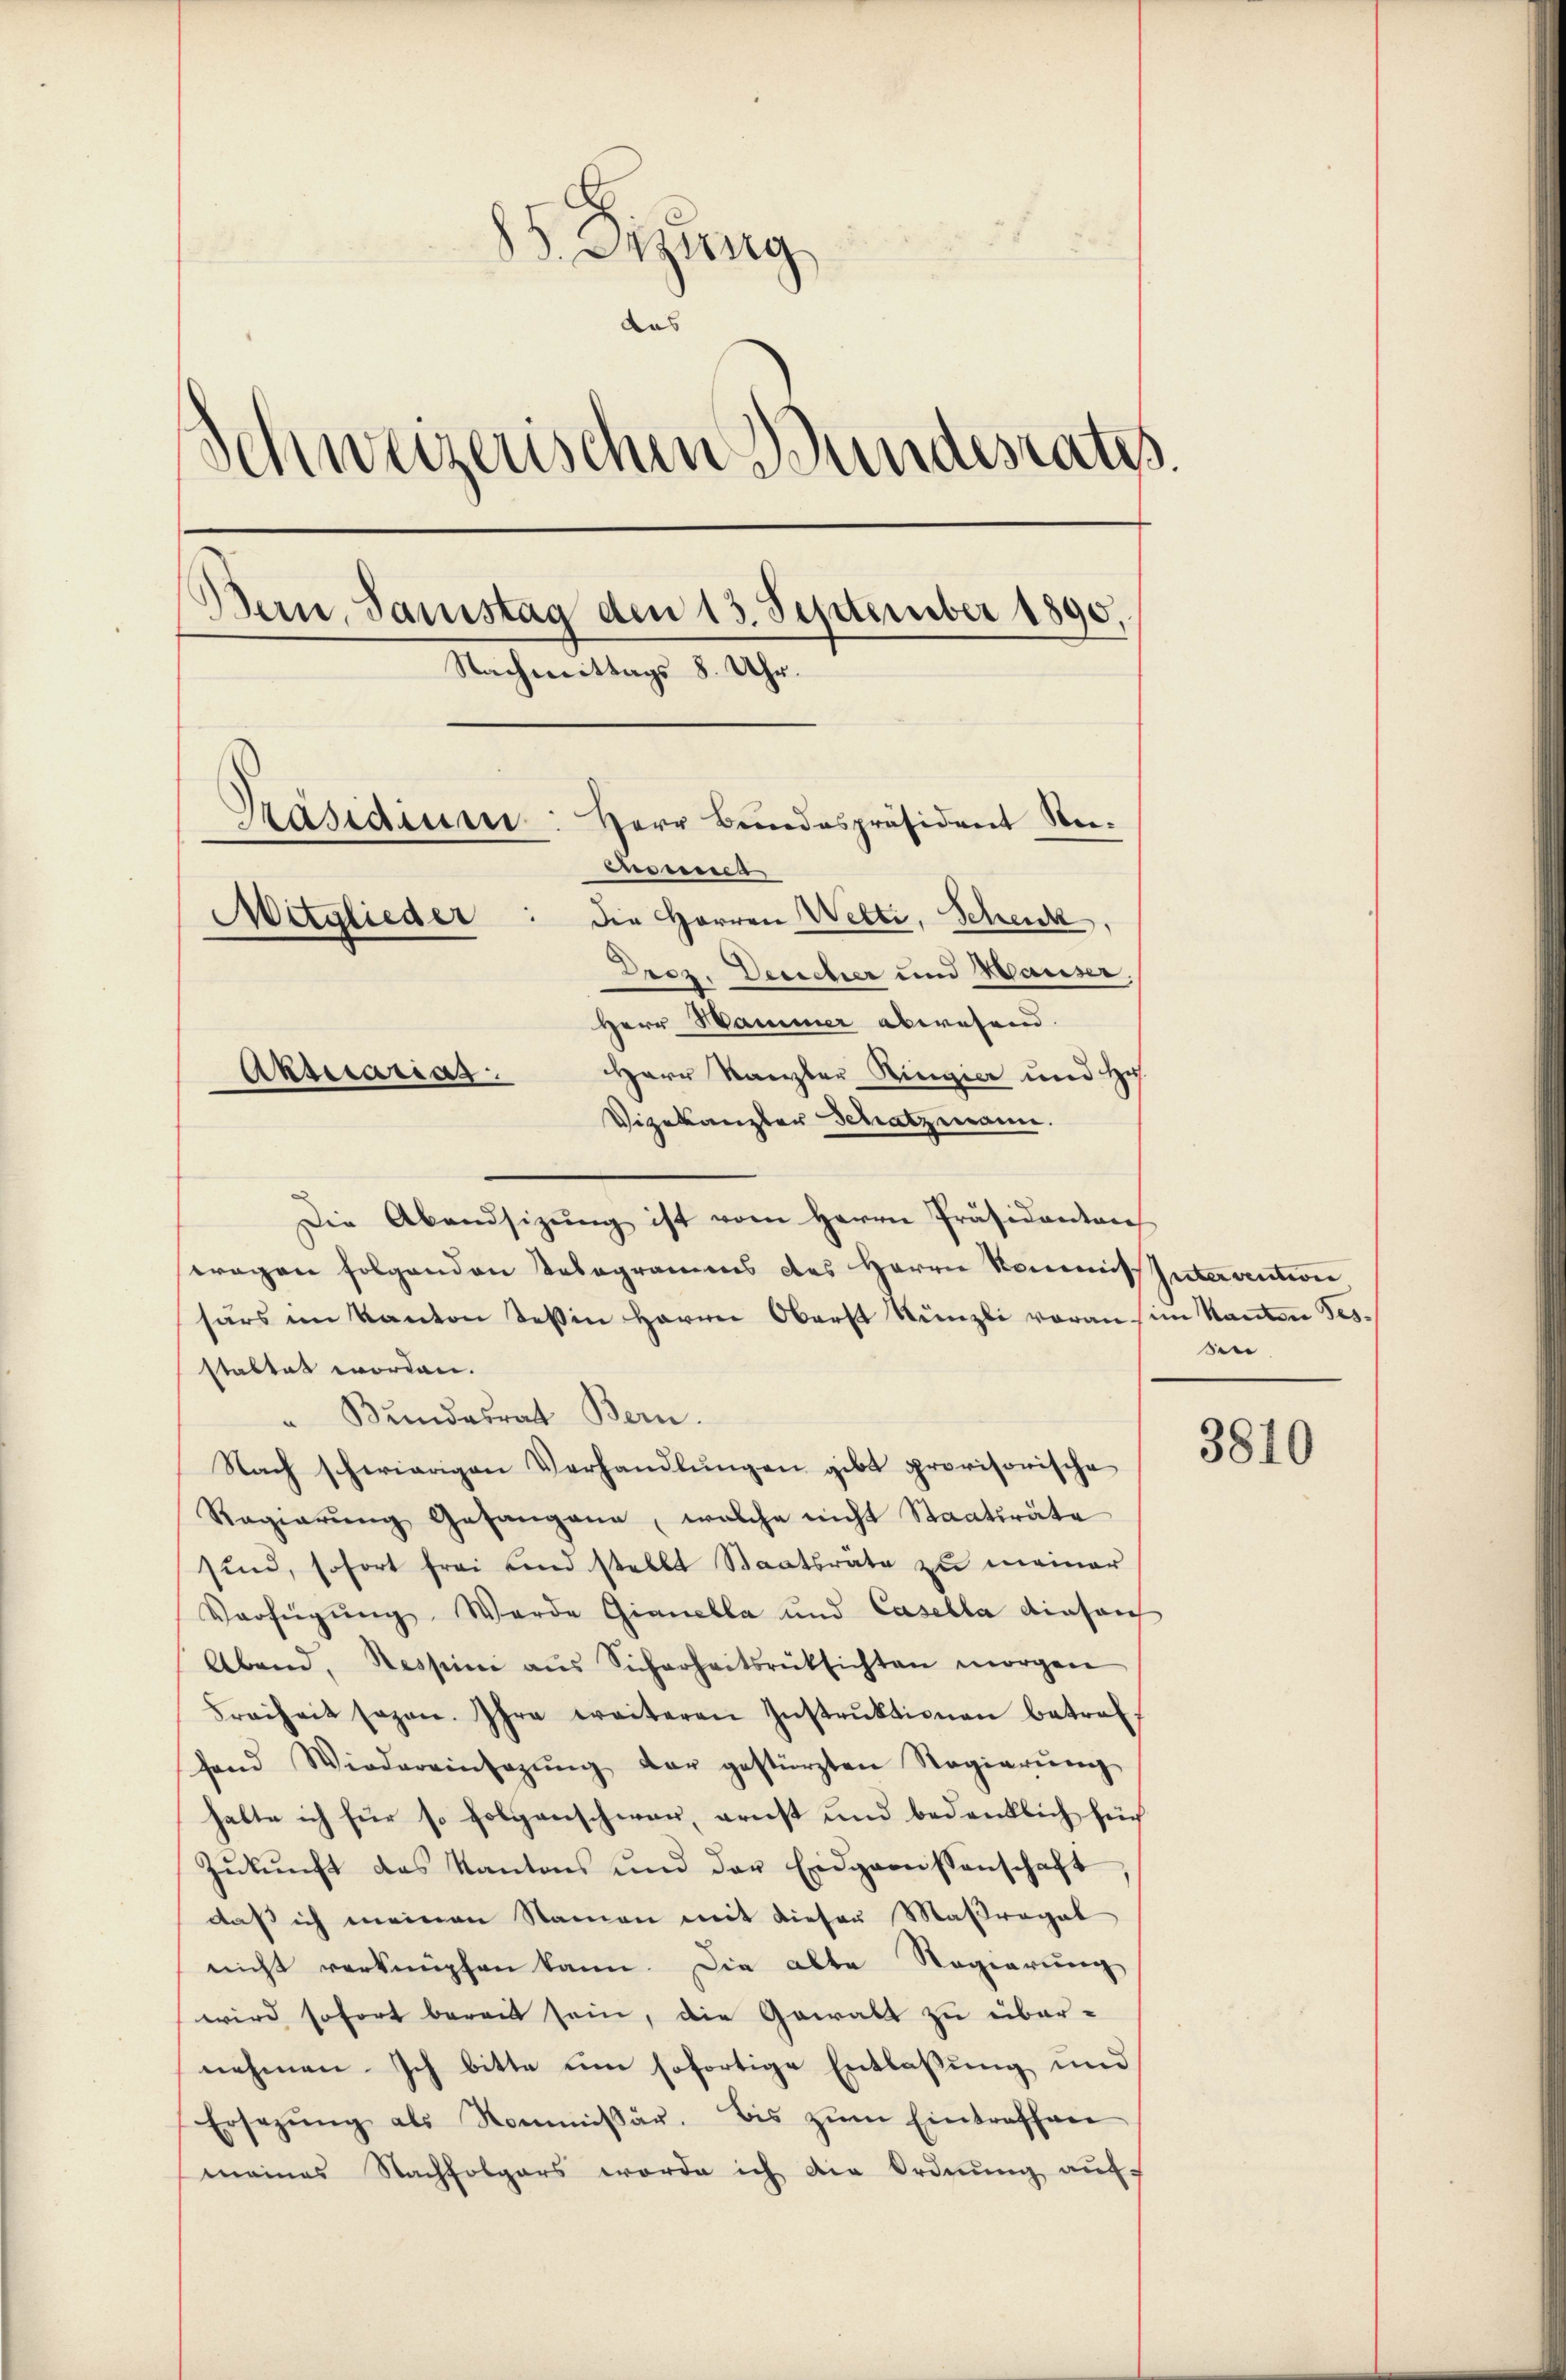
83. Erzeug
Schweizerischen Bundesraths.
Bein, Samstag den 13. September 1890.
Nachmittags 8. Uhr.
Präsidium: Herr Bundespräsident Rei-
enmess
die Herren Wetti, Schenk,
Mitglieder
Drez. Derecher und Hauser,
Herr Hammer abwesend.
Herr Kanzler Ringier und Hu
Aktuarias
Vizekanzler Schatzmann.

Die Abendsizŭng ist vom Herrn Präsidenten
tragen folgenden Telegramms des Herrn Kommis Intervention
särs im Kanton Teßin Herrn Oberst Künzli voran im Kanton Tes
staltet worden.
Bundesrat Bern.
Nach schwierigen Verhandlŭngen gibt provisorische
Regierŭng Gesangene, welche nicht Staatsräte
sind, sofort frei und stellt Staatsräte zu meiner
Verfügŭng Werde Gianella und Casella diesen
Abend, Nessin aŭs Sicherheitsrüksichten morgen
Freiheit sagen. Ihre weiteren Instrŭktionen betref
hand Wiedereinsagŭng der gestürzten Regierŭng
halte ich für so folgenschwar, ernst und bedenklich für
Zŭkŭnft des Kantons und der Eidgarnissenschaft
daß ich meinen Namen mit dieser Maßregel
nicht verknüpfen kann. Die alte Regierung
wird sofort bereit sein, die Gewalt zu über-
nehmen. Ich bitte um sofortige Entlaßung und
Ersezung als Kommissär. Bis zŭm Eintreffen
meines Nachfolgers worde ich die Ordnung auf-

3810